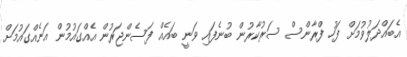
އެބައްދަލުވުމަށް ފަހު ފްރާންސް ސަރުކާރުން ބުނެފައި ވަނީ ބައެއް ފަސެންޖަރުން އެއްގައުމުން އަނެއްގައުމަށް